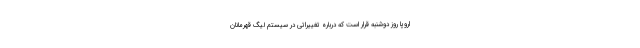
اروپا روز دوشنبه قرار است که درباره تغییراتی در سیستم لیگ قهرمانان